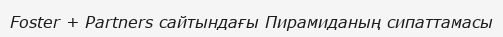
Foster + Partners сайтындағы Пирамиданың сипаттамасы